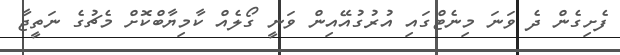
ފެށިގެން ދެ ވަނަ މިނެޓްގައި އުރުގުއޭއިން ވަނީ ގޯލެއް ކާމިޔާބްކޮށް މެޗުގެ ނަތީޖާ